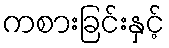
ကစားခြင်းနှင့်